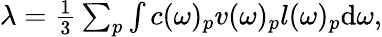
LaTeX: \begin{array}{r}{\lambda=\frac{1}{3}\sum_{p}\int c(\omega)_{p}v(\omega)_{p}l(\omega)_{p}\textrm{d}\omega,}\end{array}